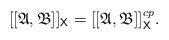
LaTeX: \begin{align*} [[ \mathfrak A, \mathfrak B]]_\mathsf{X} = [[\mathfrak A, \mathfrak B]]_{\mathsf X}^{cp}.\end{align*}